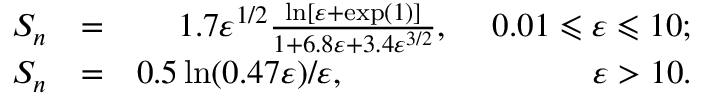
\begin{array} { r l r } { S _ { n } } & { = } & { 1 . 7 \varepsilon ^ { 1 / 2 } \frac { \ln [ \varepsilon + \exp ( 1 ) ] } { 1 + 6 . 8 \varepsilon + 3 . 4 \varepsilon ^ { 3 / 2 } } , \phantom { 1 . 7 } 0 . 0 1 \leqslant \varepsilon \leqslant 1 0 ; } \\ { S _ { n } } & { = } & { 0 . 5 \ln ( 0 . 4 7 \varepsilon ) / \varepsilon , \phantom { \varepsilon ^ { 1 / 2 } 0 . 5 \ln ( 0 . 4 7 \varepsilon ) / \varepsilon } \varepsilon > 1 0 . } \end{array}